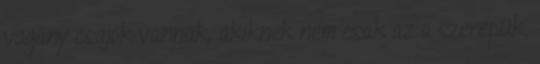
vagány csajok vannak, akiknek nem csak az a szerepük,